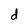
Character: d